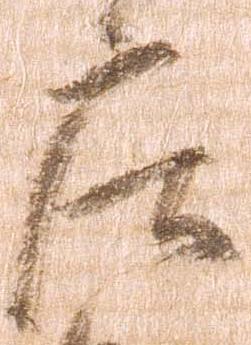
庄